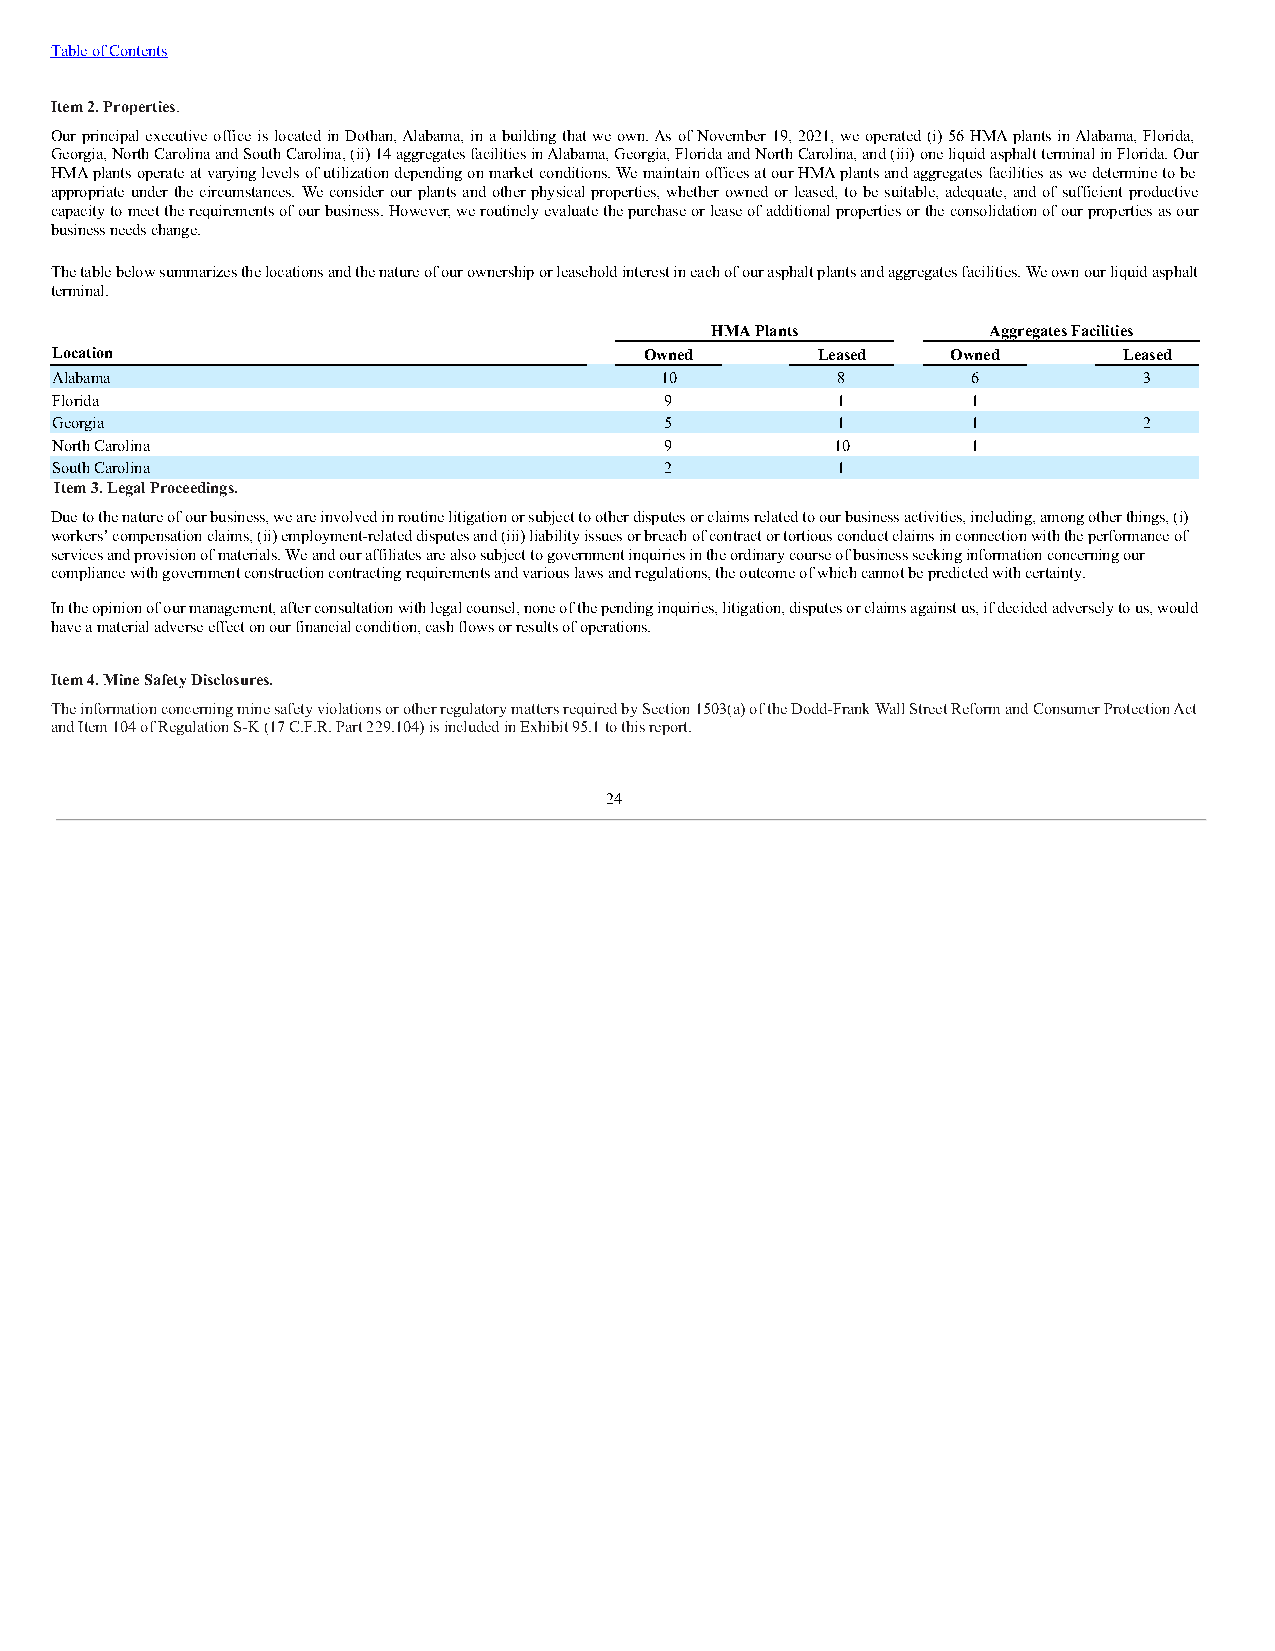
Table of Contents
 Item 2. Properties.
 Our principal executive office is located in Dothan, Alabama, in a building that we own. As of November 19, 2021, we operated (i) 56 HMA plants in Alabama, Florida,
 Georgia, North Carolina and South Carolina, (ii) 14 aggregates facilities in Alabama, Georgia, Florida and North Carolina, and (iii) one liquid asphalt terminal in Florida. Our
 HMA plants operate at varying levels of utilization depending on market conditions. We maintain offices at our HMA plants and aggregates facilities as we determine to be
 appropriate under the circumstances. We consider our plants and other physical properties, whether owned or leased, to be suitable, adequate, and of sufficient productive
 capacity to meet the requirements of our business. However, we routinely evaluate the purchase or lease of additional properties or the consolidation of our properties as our
 business needs change.
 The table below summarizes the locations and the nature of our ownership or leasehold interest in each of our asphalt plants and aggregates facilities. We own our liquid asphalt
 terminal.
 HMA Plants         Aggregates Facilities
 Location                                Owned      Leased   Owned      Leased
 Alabama                                  10         8        6           3
 Florida                                  9          1        1          —
 Georgia                                  5          1        1           2
 North Carolina                           9          10       1          —
 South Carolina                           2          1        —          —
 Item 3. Legal Proceedings.
 Due to the nature of our business, we are involved in routine litigation or subject to other disputes or claims related to our business activities, including, among other things, (i)
 workers’ compensation claims, (ii) employment-related disputes and (iii) liability issues or breach of contract or tortious conduct claims in connection with the performance of
 services and provision of materials. We and our affiliates are also subject to government inquiries in the ordinary course of business seeking information concerning our
 compliance with government construction contracting requirements and various laws and regulations, the outcome of which cannot be predicted with certainty.
 In the opinion of our management, after consultation with legal counsel, none of the pending inquiries, litigation, disputes or claims against us, if decided adversely to us, would
 have a material adverse effect on our financial condition, cash flows or results of operations.
 Item 4. Mine Safety Disclosures.
 The information concerning mine safety violations or other regulatory matters required by Section 1503(a) of the Dodd-Frank Wall Street Reform and Consumer Protection Act
 and Item 104 of Regulation S-K (17 C.F.R. Part 229.104) is included in Exhibit 95.1 to this report.
 24